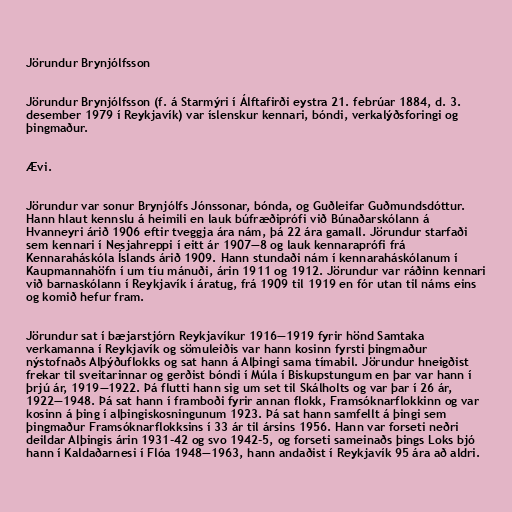
Jörundur Brynjólfsson

Jörundur Brynjólfsson (f. á Starmýri í Álftafirði eystra 21. febrúar 1884, d. 3.
desember 1979 í Reykjavík) var íslenskur kennari, bóndi, verkalýðsforingi og
þingmaður.

Ævi.

Jörundur var sonur Brynjólfs Jónssonar, bónda, og Guðleifar Guðmundsdóttur.
Hann hlaut kennslu á heimili en lauk búfræðiprófi við Búnaðarskólann á
Hvanneyri árið 1906 eftir tveggja ára nám, þá 22 ára gamall. Jörundur starfaði
sem kennari í Nesjahreppi í eitt ár 1907—8 og lauk kennaraprófi frá
Kennaraháskóla Íslands árið 1909. Hann stundaði nám í kennaraháskólanum í
Kaupmannahöfn í um tíu mánuði, árin 1911 og 1912. Jörundur var ráðinn kennari
við barnaskólann í Reykjavík í áratug, frá 1909 til 1919 en fór utan til náms eins
og komið hefur fram.

Jörundur sat í bæjarstjórn Reykjavíkur 1916—1919 fyrir hönd Samtaka
verkamanna í Reykjavík og sömuleiðis var hann kosinn fyrsti þingmaður
nýstofnaðs Alþýðuflokks og sat hann á Alþingi sama tímabil. Jörundur hneigðist
frekar til sveitarinnar og gerðist bóndi í Múla í Biskupstungum en þar var hann í
þrjú ár, 1919—1922. Þá flutti hann sig um set til Skálholts og var þar í 26 ár,
1922—1948. Þá sat hann í framboði fyrir annan flokk, Framsóknarflokkinn og var
kosinn á þing í alþingiskosningunum 1923. Þá sat hann samfellt á þingi sem
þingmaður Framsóknarflokksins í 33 ár til ársins 1956. Hann var forseti neðri
deildar Alþingis árin 1931-42 og svo 1942-5, og forseti sameinaðs þings Loks bjó
hann í Kaldaðarnesi í Flóa 1948—1963, hann andaðist í Reykjavík 95 ára að aldri.